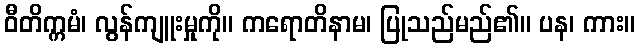
ဝီတိက္ကမံ၊ လွန်ကျူးမှုကို။ ကရောတိနာမ၊ ပြုသည်မည်၏။ ပန၊ ကား။